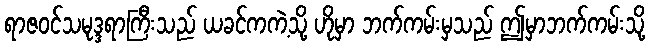
ရာဇဝင်သမုဒ္ဒရာကြီးသည် ယခင်ကကဲ့သို့ ဟိုမှာ ဘက်ကမ်းမှသည် ဤမှာဘက်ကမ်းသို့